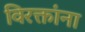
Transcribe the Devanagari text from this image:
विरक्तांना